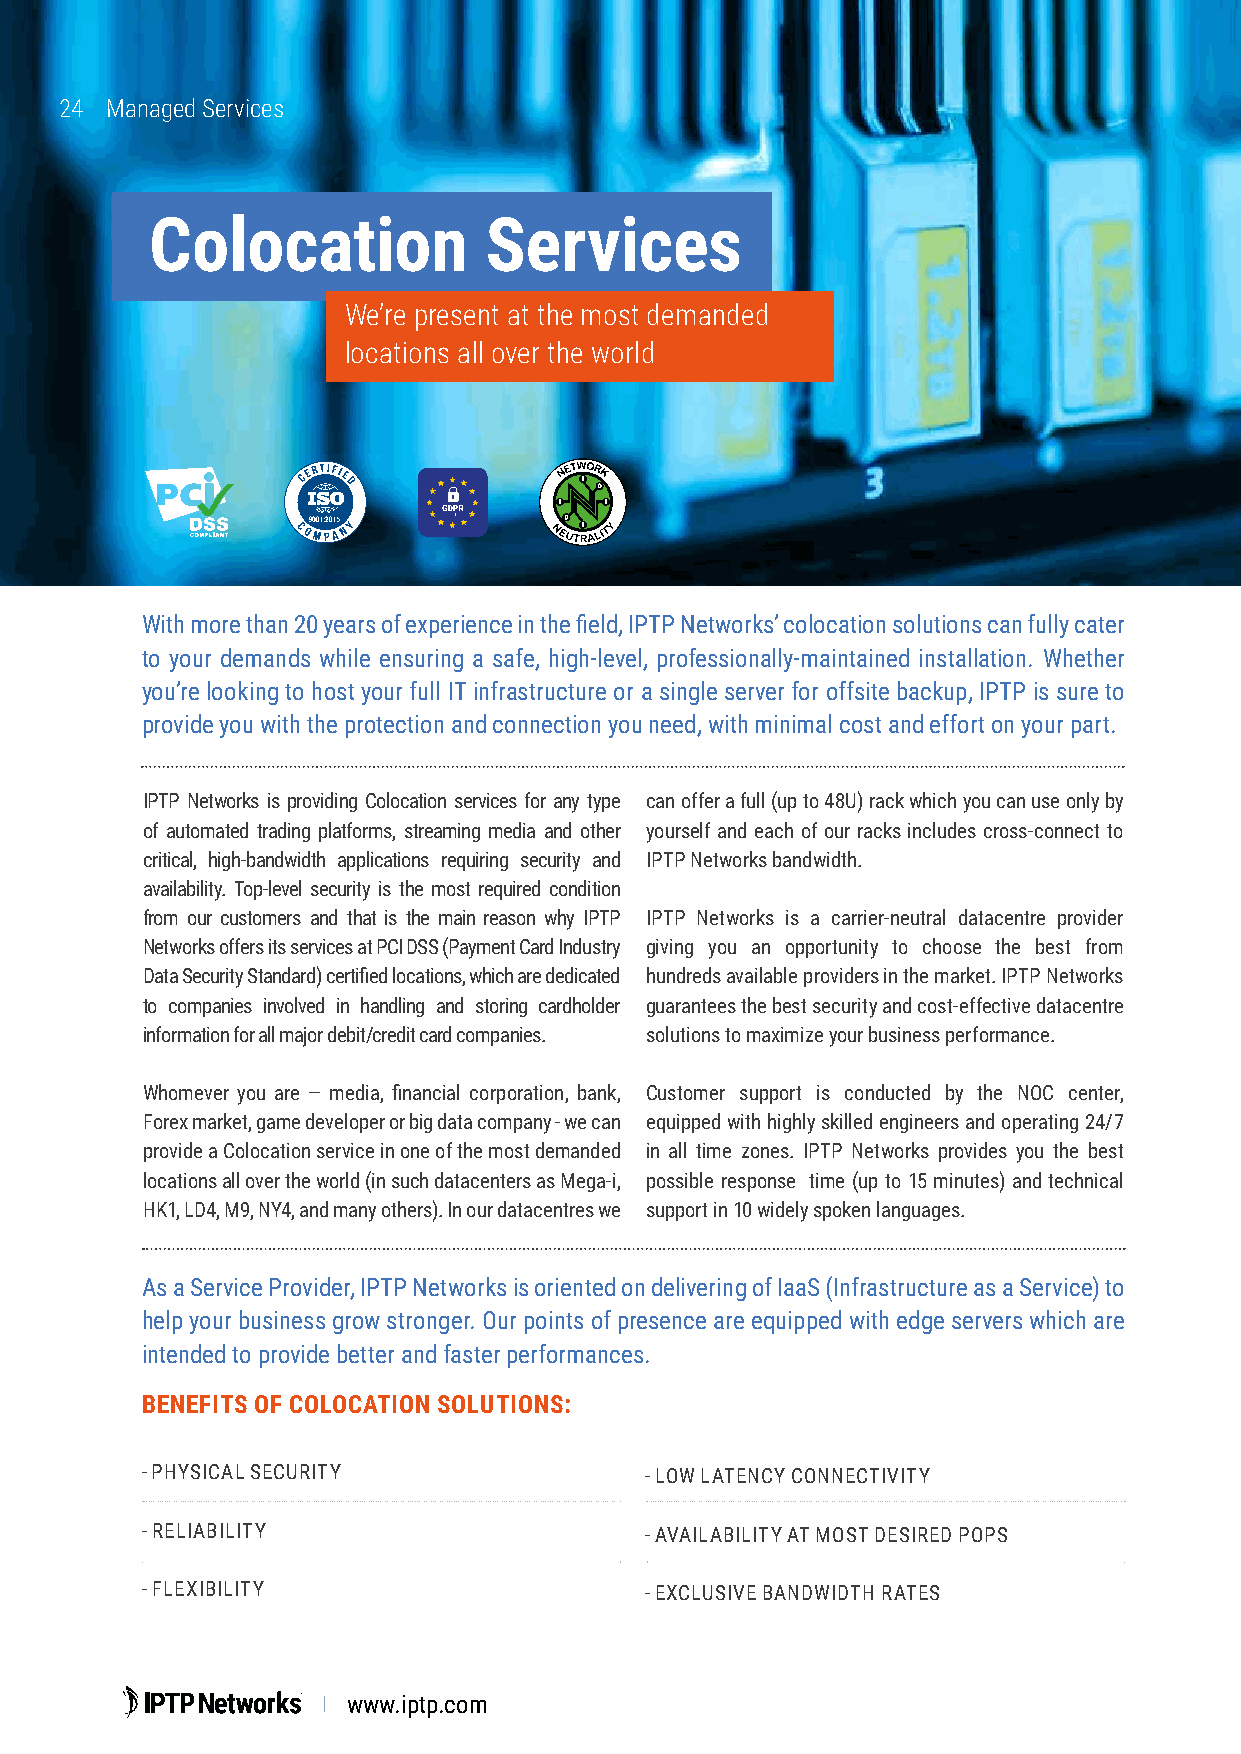
2244 Managed Services
 Colocation            Services
 We’re present at the most demanded
 locations all over the world
 With more than 20 years of experience in the field, IPTP Networks’ colocation solutions can fully cater
 to your demands while ensuring a safe, high-level, professionally-maintained installation. Whether
 you’re looking to host your full IT infrastructure or a single server for offsite backup, IPTP is sure to
 provide you with the protection and connection you need, with minimal cost and effort on your part.
 IPTP Networks is providing Colocation services for any type can offer a full (up to 48U) rack which you can use only by
 of automated trading platforms, streaming media and other yourself and each of our racks includes cross-connect to
 critical, high-bandwidth applications requiring security and IPTP Networks bandwidth.
 availability. Top-level security is the most required condition
 from our customers and that is the main reason why IPTP IPTP Networks is a carrier-neutral datacentre provider
 Networks offers its services at PCI DSS (Payment Card Industry giving you an opportunity to choose the best from
 Data Security Standard) certified locations, which are dedicated hundreds available providers in the market. IPTP Networks
 to companies involved in handling and storing cardholder guarantees the best security and cost-effective datacentre
 information for all major debit/credit card companies. solutions to maximize your business performance.
 Whomever you are — media, financial corporation, bank, Customer support is conducted by the NOC center,
 Forex market, game developer or big data company - we can equipped with highly skilled engineers and operating 24/7
 provide a Colocation service in one of the most demanded in all time zones. IPTP Networks provides you the best
 locations all over the world (in such datacenters as Mega-i, possible response time (up to 15 minutes) and technical
 HK1, LD4, M9, NY4, and many others). In our datacentres we support in 10 widely spoken languages.
 As a Service Provider, IPTP Networks is oriented on delivering of IaaS (Infrastructure as a Service) to
 help your business grow stronger. Our points of presence are equipped with edge servers which are
 intended to provide better and faster performances.
 BENEFITS OF COLOCATION SOLUTIONS:
 - PHYSICAL SECURITY               - LOW LATENCY CONNECTIVITY
 - RELIABILITY                     - AVAILABILITY AT MOST DESIRED POPS
 - FLEXIBILITY                     - EXCLUSIVE BANDWIDTH RATES
 www.iptp.com